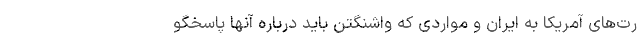
رت‌های آمریکا به ایران و مواردی که واشنگتن باید درباره آنها پاسخگو